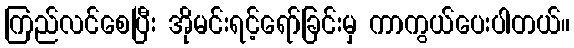
ကြည်လင်စေပြီး အိုမင်းရင့်ရော်ခြင်းမှ ကာကွယ်ပေးပါတယ်။